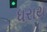
ધરાય